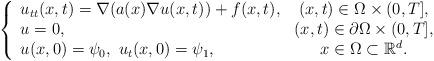
LaTeX: \begin{align*}\left\{\begin{array}{lc}u_{tt}({ x},t) = \nabla(a({ x})\nabla u({ x},t)) + f({ x},t), & (x,t)\in \Omega \times (0,T], \\u = 0, & ({ x},t)\in \partial \Omega \times (0,T], \\u({ x},0)=\psi_0,~u_t({ x},0)=\psi_1, & x \in \Omega\subset\mathbb{R}^{d}.\end{array}\right.\,\end{align*}